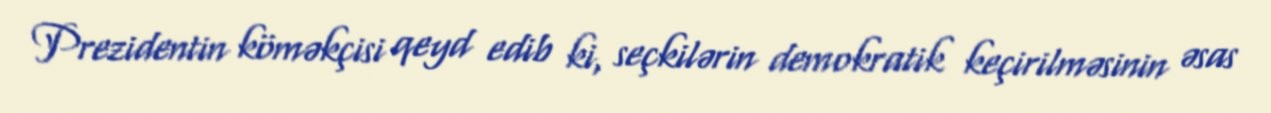
Prezidentin köməkçisi qeyd edib ki, seçkilərin demokratik keçirilməsinin əsas